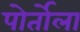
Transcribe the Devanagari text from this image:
पोर्तोला